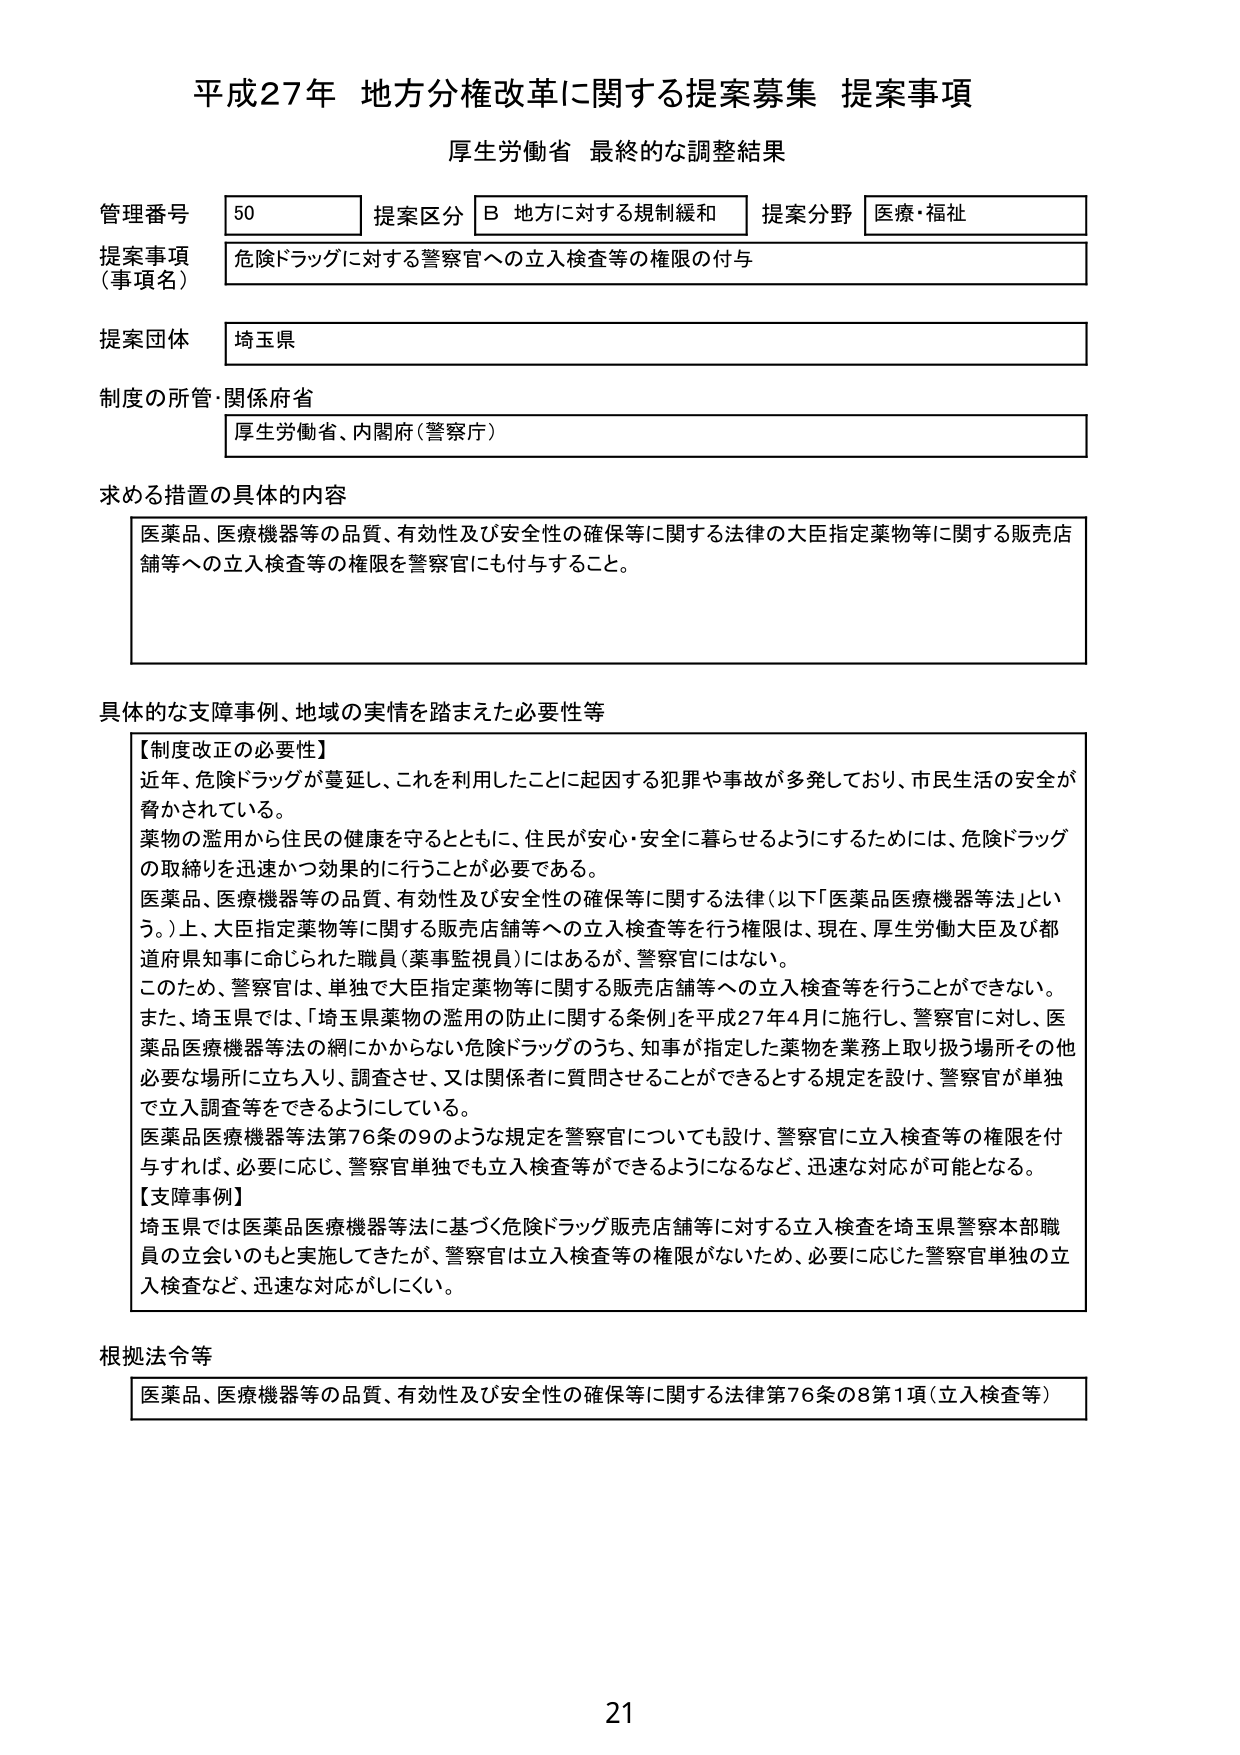
平成27年 地方分権改革に関する提案募集 提案事項
厚生労働省 最終的な調整結果

管理番号 50 提案区分 B 地方に対する規制緩和 提案分野 医療・福祉
提案事項（事項名） 危険ドラッグに対する警察官への立入検査等の権限の付与
提案団体 埼玉県
制度の所管・関係府省 厚生労働省、内閣府（警察庁）

求める措置の具体的内容
医薬品、医療機器等の品質、有効性及び安全性の確保等に関する法律の大臣指定薬物等に関する販売店舗等への立入検査等の権限を警察官にも付与すること。

具体的な支障事例、地域の実情を踏まえた必要性等
【制度改正の必要性】
近年、危険ドラッグが蔓延し、これを利用したことに関因する犯罪や事故が多発しており、市民生活の安全が脅かされている。
薬物の濫用から住民の健康を守るとともに、住民が安心・安全に暮らせるようにするためには、危険ドラッグの取締りを迅速かつ効果的に行うことが必要である。
医薬品、医療機器等の品質、有効性及び安全性の確保等に関する法律（以下「医薬品医療機器等法」という。）上、大臣指定薬物等に関する販売店舗等への立入検査等を行う権限は、現在、厚生労働大臣及び都道府県知事に命じられた職員（薬事監視員）にはあるが、警察官にはない。
このため、警察官は、単独で大臣指定薬物等に関する販売店舗等への立入検査等を行うことができない。
また、埼玉県では、「埼玉県薬物の濫用の防止に関する条例」を平成27年4月に施行し、警察官に対し、医薬品医療機器等法の網にかからない危険ドラッグのうち、知事が指定した薬物を業務上取り扱う場所その他必要な場所に立ち入り、調査させ、又は関係者に質問させることができるとする規定を設け、警察官が単独で立入調査等をできるようにしている。
医薬品医療機器等法第76条の9のような規定を警察官についても設け、警察官に立入検査等の権限を付与すれば、必要に応じ、警察官単独でも立入検査等ができるようになるなど、迅速な対応が可能となる。
【支障事例】
埼玉県では医薬品医療機器等法に基づく危険ドラッグ販売店舗等に対する立入検査を埼玉県警察本部職員の立会いのもと実施してきたが、警察官は立入検査等の権限がないため、必要に応じた警察官単独の立入検査など、迅速な対応がしにくい。

根拠法令等
医薬品、医療機器等の品質、有効性及び安全性の確保等に関する法律第76条の8第1項（立入検査等）

21